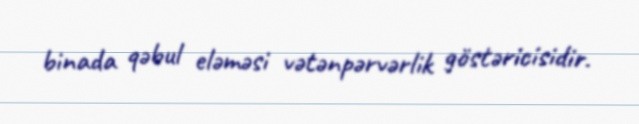
binada qəbul eləməsi vətənpərvərlik göstəricisidir.